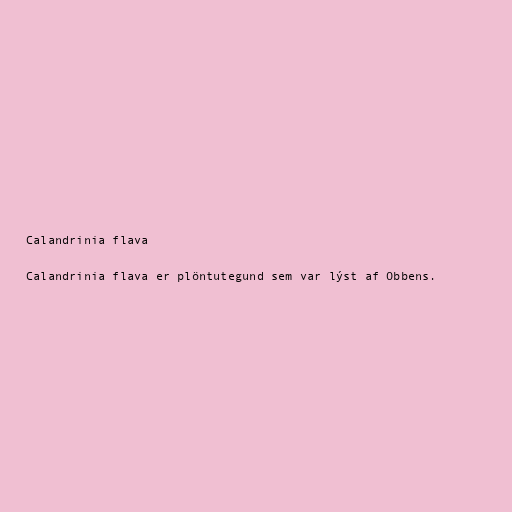
Calandrinia flava

Calandrinia flava er plöntutegund sem var lýst af Obbens.